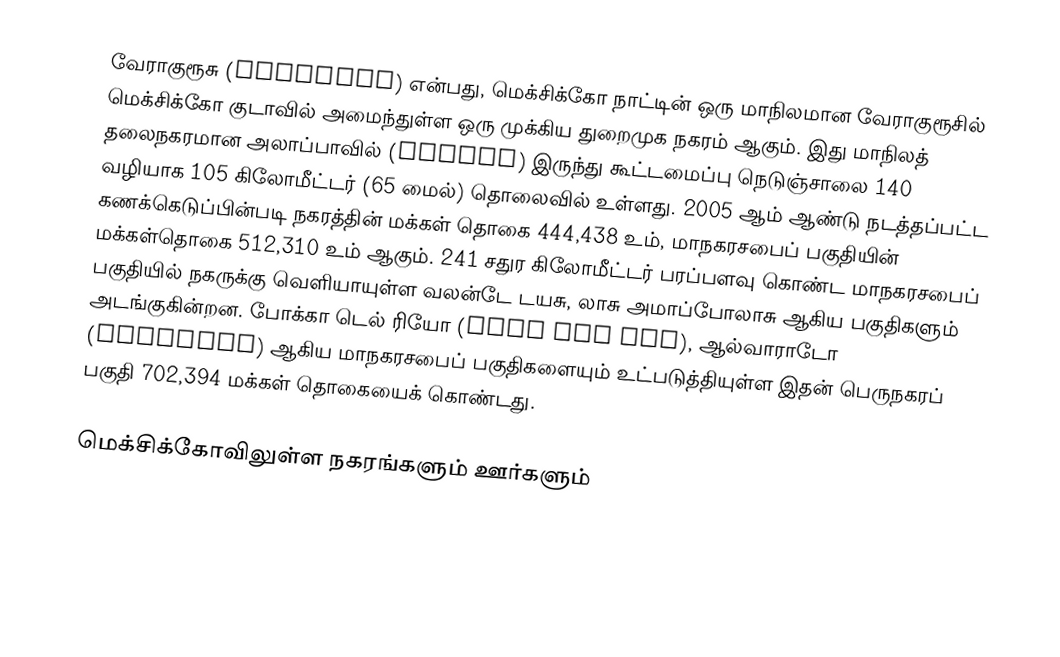
வேராகுரூசு (Veracruz) என்பது, மெக்சிக்கோ நாட்டின் ஒரு மாநிலமான வேராகுரூசில் மெக்சிக்கோ குடாவில் அமைந்துள்ள ஒரு முக்கிய துறைமுக நகரம் ஆகும். இது மாநிலத் தலைநகரமான அலாப்பாவில் (Xalapa) இருந்து கூட்டமைப்பு நெடுஞ்சாலை 140 வழியாக 105 கிலோமீட்டர் (65 மைல்) தொலைவில் உள்ளது. 2005 ஆம் ஆண்டு நடத்தப்பட்ட கணக்கெடுப்பின்படி நகரத்தின் மக்கள் தொகை 444,438 உம், மாநகரசபைப் பகுதியின் மக்கள்தொகை 512,310 உம் ஆகும். 241 சதுர கிலோமீட்டர் பரப்பளவு கொண்ட மாநகரசபைப் பகுதியில் நகருக்கு வெளியாயுள்ள வலன்டே டயசு, லாசு அமாப்போலாசு ஆகிய பகுதிகளும் அடங்குகின்றன. போக்கா டெல் ரியோ (Boca del Río), ஆல்வாராடோ (Alvarado) ஆகிய மாநகரசபைப் பகுதிகளையும் உட்படுத்தியுள்ள இதன் பெருநகரப் பகுதி 702,394 மக்கள் தொகையைக் கொண்டது.

மெக்சிக்கோவிலுள்ள நகரங்களும் ஊர்களும்